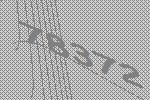
78372